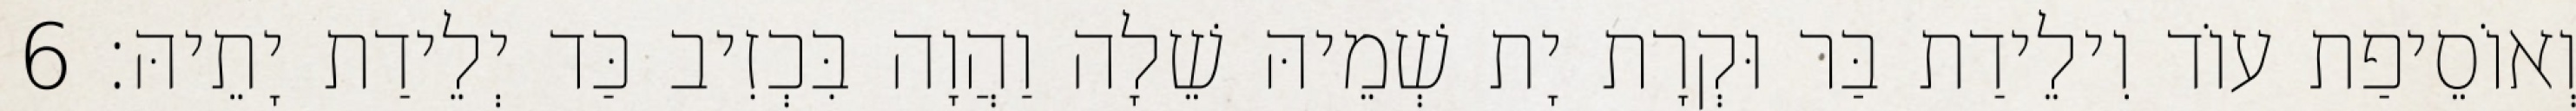
וְאוֹסֵיפַת עוֹד וִילֵידַת בַּר וּקְרָת יָת שְׁמֵיהּ שֵׁלָה וַהֲוָה בִּכְזִיב כַּד יְלֵידַת יָתֵיהּ׃ 6